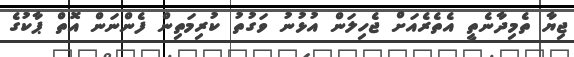
ޖިޔާ ތެމިދާނެތީ އެތެރެއަށް ޖެހިލަން އުޅުނު ވަގުތު ކުރިމަތިން ފެންނަން އޮތް ޕާކުގެ